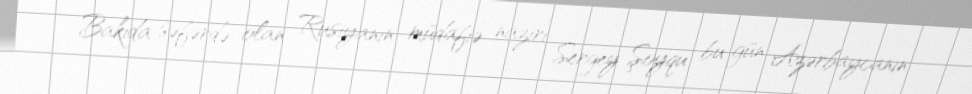
Bakıda səfərdə olan Rusiyanın müdafiə naziri Sergey Şoyqu bu gün Azərbaycanın